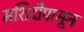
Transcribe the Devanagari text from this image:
मशिदीपासून